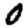
Digit: 0